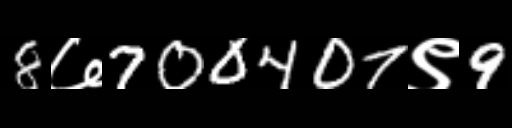
Text: 8७700407९9